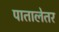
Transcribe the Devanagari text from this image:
पातालेतर